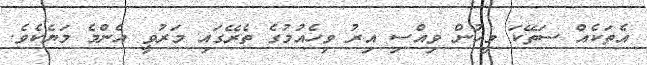
އެތަކެއް ސަތޭކަ މީހުން ވިއްސި އިރު ވިހެއުމުގެ ތެރޭގައި މަރުވީ އެންމެ މަޔެކެވެ.